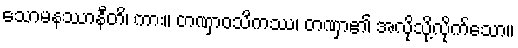
သောမနဿာနီတိ၊ ကား။ တဏှာဝသိကဿ၊ တဏှာ၏ အလိုသို့လိုက်သော။